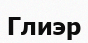
Глиэр